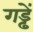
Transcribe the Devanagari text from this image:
गड्ढें